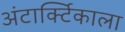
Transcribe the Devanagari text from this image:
अंटार्क्टिकाला